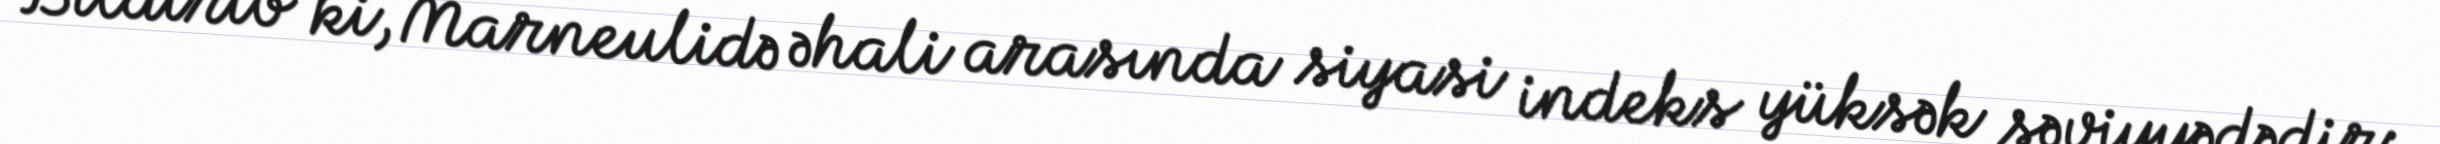
Bildirib ki, Marneulidə əhali arasında siyasi indeks yüksək səviyyədədir: